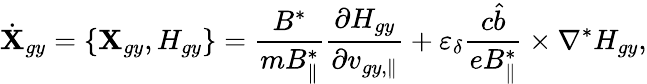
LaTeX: \dot{\textbf{X}}_{gy}=\left\{ \textbf{X}_{gy},H_{gy}\right\} =\frac{B^{*}}{mB_{\parallel}^{*}}\frac{\partial H_{gy}}{\partial v_{gy,\parallel}}+\varepsilon_{\delta}\frac{c\hat{b}}{eB_{\parallel}^{*}}\times\nabla^{*}H_{gy},